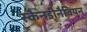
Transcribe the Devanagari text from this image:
स्कैनडीनैवियन